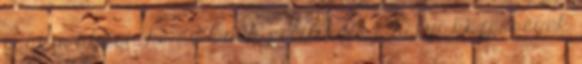
csakis akkor, ha az Önök politikája a helyi közösségek